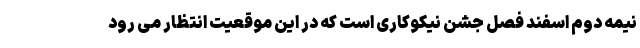
نیمه دوم اسفند فصل جشن نیکوکاری است که در این موقعیت انتظار می رود